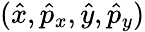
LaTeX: (\hat{x},\hat{p}_{x},\hat{y},\hat{p}_{y})